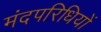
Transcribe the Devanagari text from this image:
मंदपरिधियों